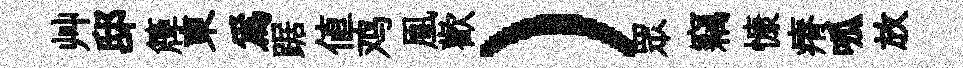
艸邸簰東爲踞値鸡凰歡）眾竊慷瘠呱放